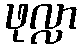
ဖုလ္လာ